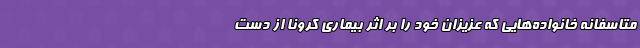
متاسفانه خانواده‌هایی که عزیزان خود را بر اثر بیماری کرونا از دست